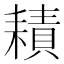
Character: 耫